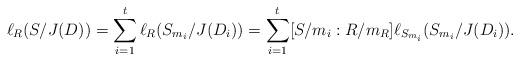
LaTeX: \begin{align*}\ell_R(S/J(D))=\sum_{i=1}^t\ell_R(S_{m_i}/J(D_i))=\sum_{i=1}^t[S/m_i:R/m_R]\ell_{S_{m_i}}(S_{m_i}/J(D_i)).\end{align*}